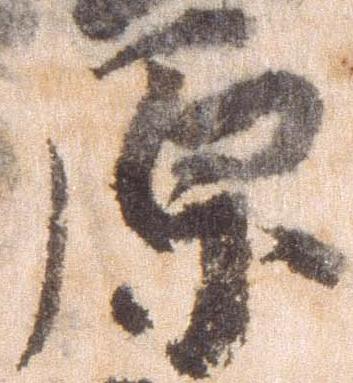
原